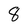
Character: 8